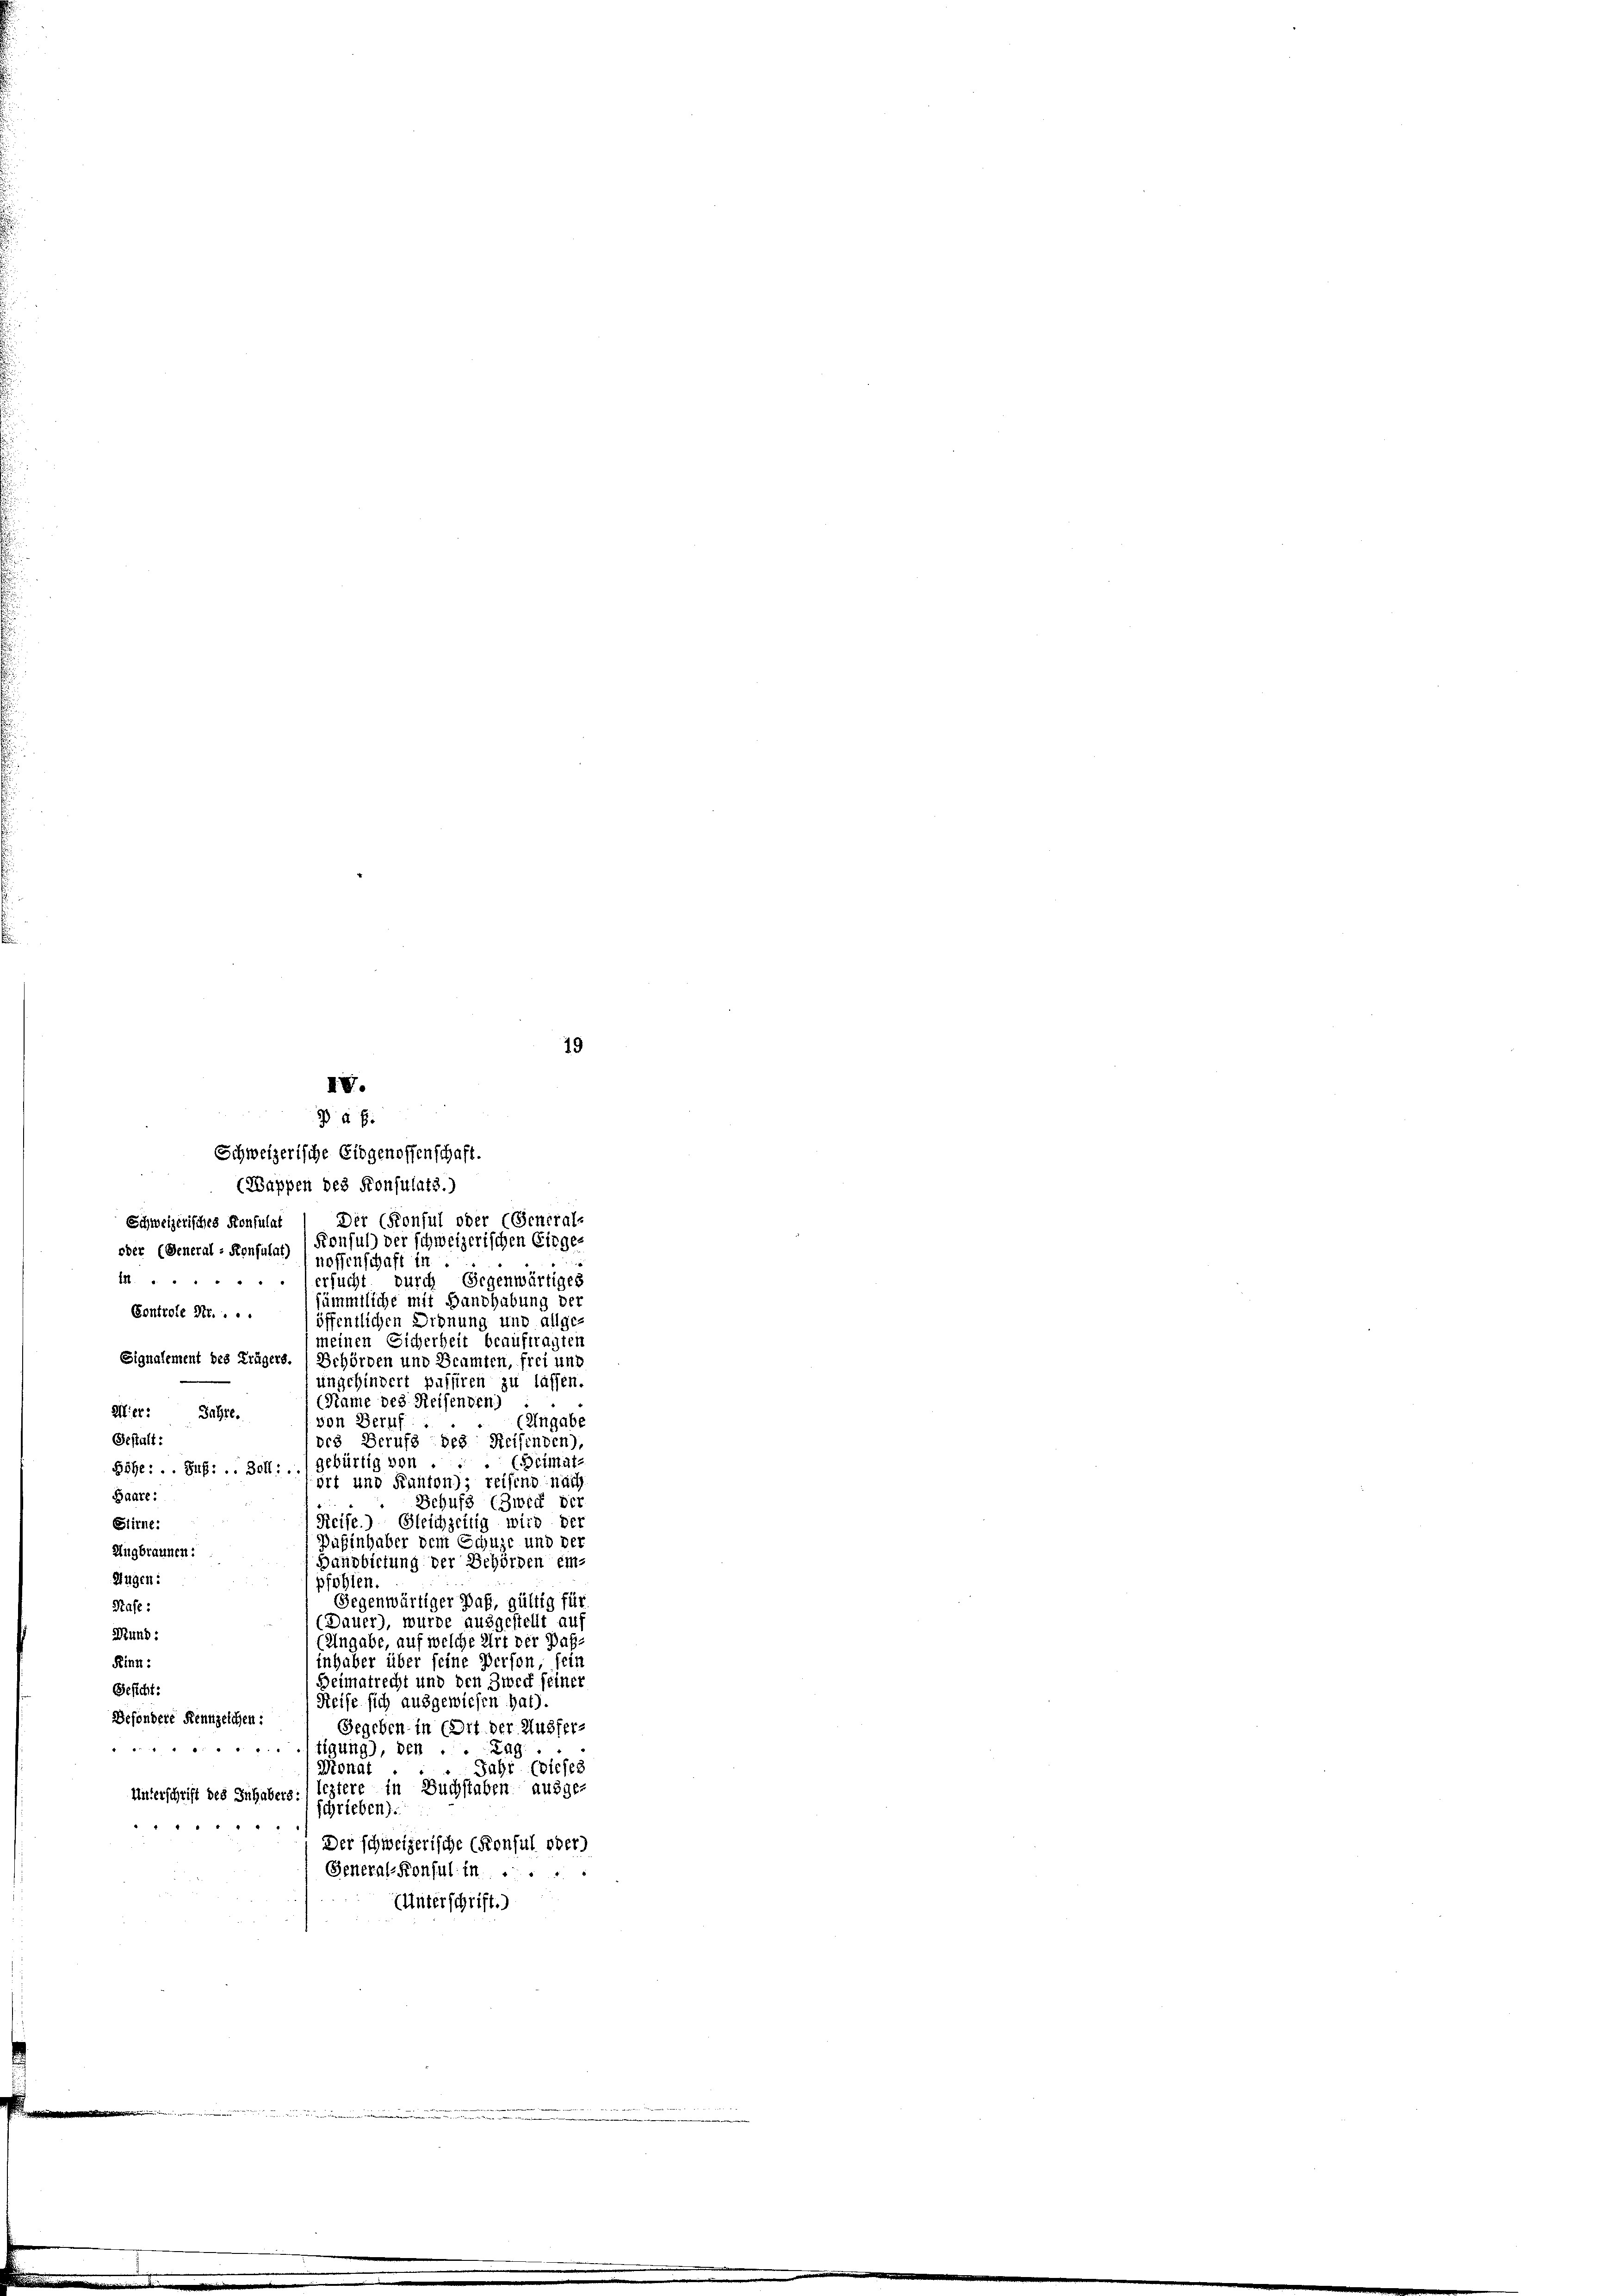
Der (Konsul oder (General-
Schweizerisches Konsulat
Konful) der schweizerischen Einge-
oder (General - Konsulat) (nossenschaft in
1....... ersucht durch Gegenwärtiges
sämmtliche mit Handhabung der
Controle Nr....
öffentlichen Ordnung und allge-
meinen Sicherheit beauftragten
Signalement des Trägers. ( Behörden und Beamten, frei und
unschindert passiren zu lassen.
(Name des Reisenden)
Mier: Jahre.
(Eingabe
von Beruf
Gestalt:
des Berufs des Reifenden),
 (Beimats
Böhe: . . Sus: .. Boll: 1 gebürtig von
ört und Kanton); reisend nach
Baare:
Schuss (Zweck der
Reife.) Gleichzeitig wird der
Stirne:
Dahinhaber dem Schuze und der
Angbrannen:
Banbietung der Behörden em-
Hugen:
pfohlen.
Gegenwärtiger Paß, gültig für
Rafe:
(Dauer), wurde ausgestellt auf
Mund:
Angabe, auf welche Art der Das-
Kinn:
inhaber über seine Person, sein
Deimatrecht und den Zweck seiner
Gesicht:
Reise sich ausgewiesen hat).
Besondere Kennzeichen:
Gegeben in Ort der Ausfer¬
 " " " " " " " " "
tigung), den . . Zag ..
Jahr (diefes
Monat
Unterschrift des Inhabers: leztere in Buchstaben ausge-
schrieben).
1 " "
Der schweizerische (Konsul oder
General-Konsul in ...
(Unterschrift.)

19

IV.
Da E
Schweizerische Eidgenossenschaft.
(Wappen des Konsulats.)

.